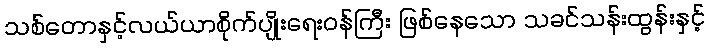
သစ်တောနှင့်လယ်ယာစိုက်ပျိုးရေးဝန်ကြီး ဖြစ်နေသော သခင်သန်းထွန်းနှင့်